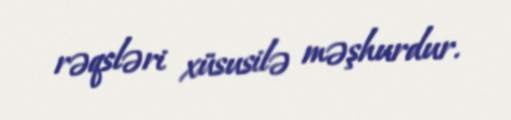
rəqsləri xüsusilə məşhurdur.